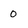
Character: 0